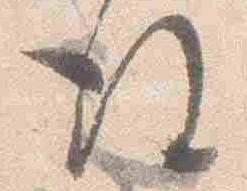
後